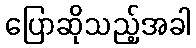
ပြောဆိုသည့်အခါ